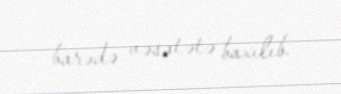
barədə vəsatətə baxılıb.